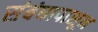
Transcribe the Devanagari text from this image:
संबंधापासून